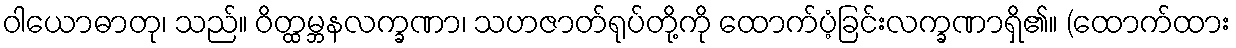
ဝါယောဓာတု၊ သည်။ ဝိတ္ထမ္ဘနလက္ခဏာ၊ သဟဇာတ်ရုပ်တို့ကို ထောက်ပံ့ခြင်းလက္ခဏာရှိ၏။ (ထောက်ထား